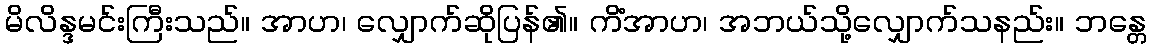
မိလိန္ဒမင်းကြီးသည်။ အာဟ၊ လျှောက်ဆိုပြန်၏။ ကိံအာဟ၊ အဘယ်သို့လျှောက်သနည်း။ ဘန္တေ